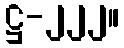
ဋ္ဌ-၂၂၂။